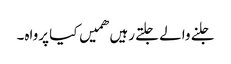
جلنے والے جلتے رہیں ھمیں کیا پرواہ۔